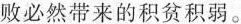
败必然带来的积贫积弱。